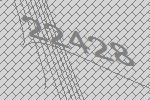
22428